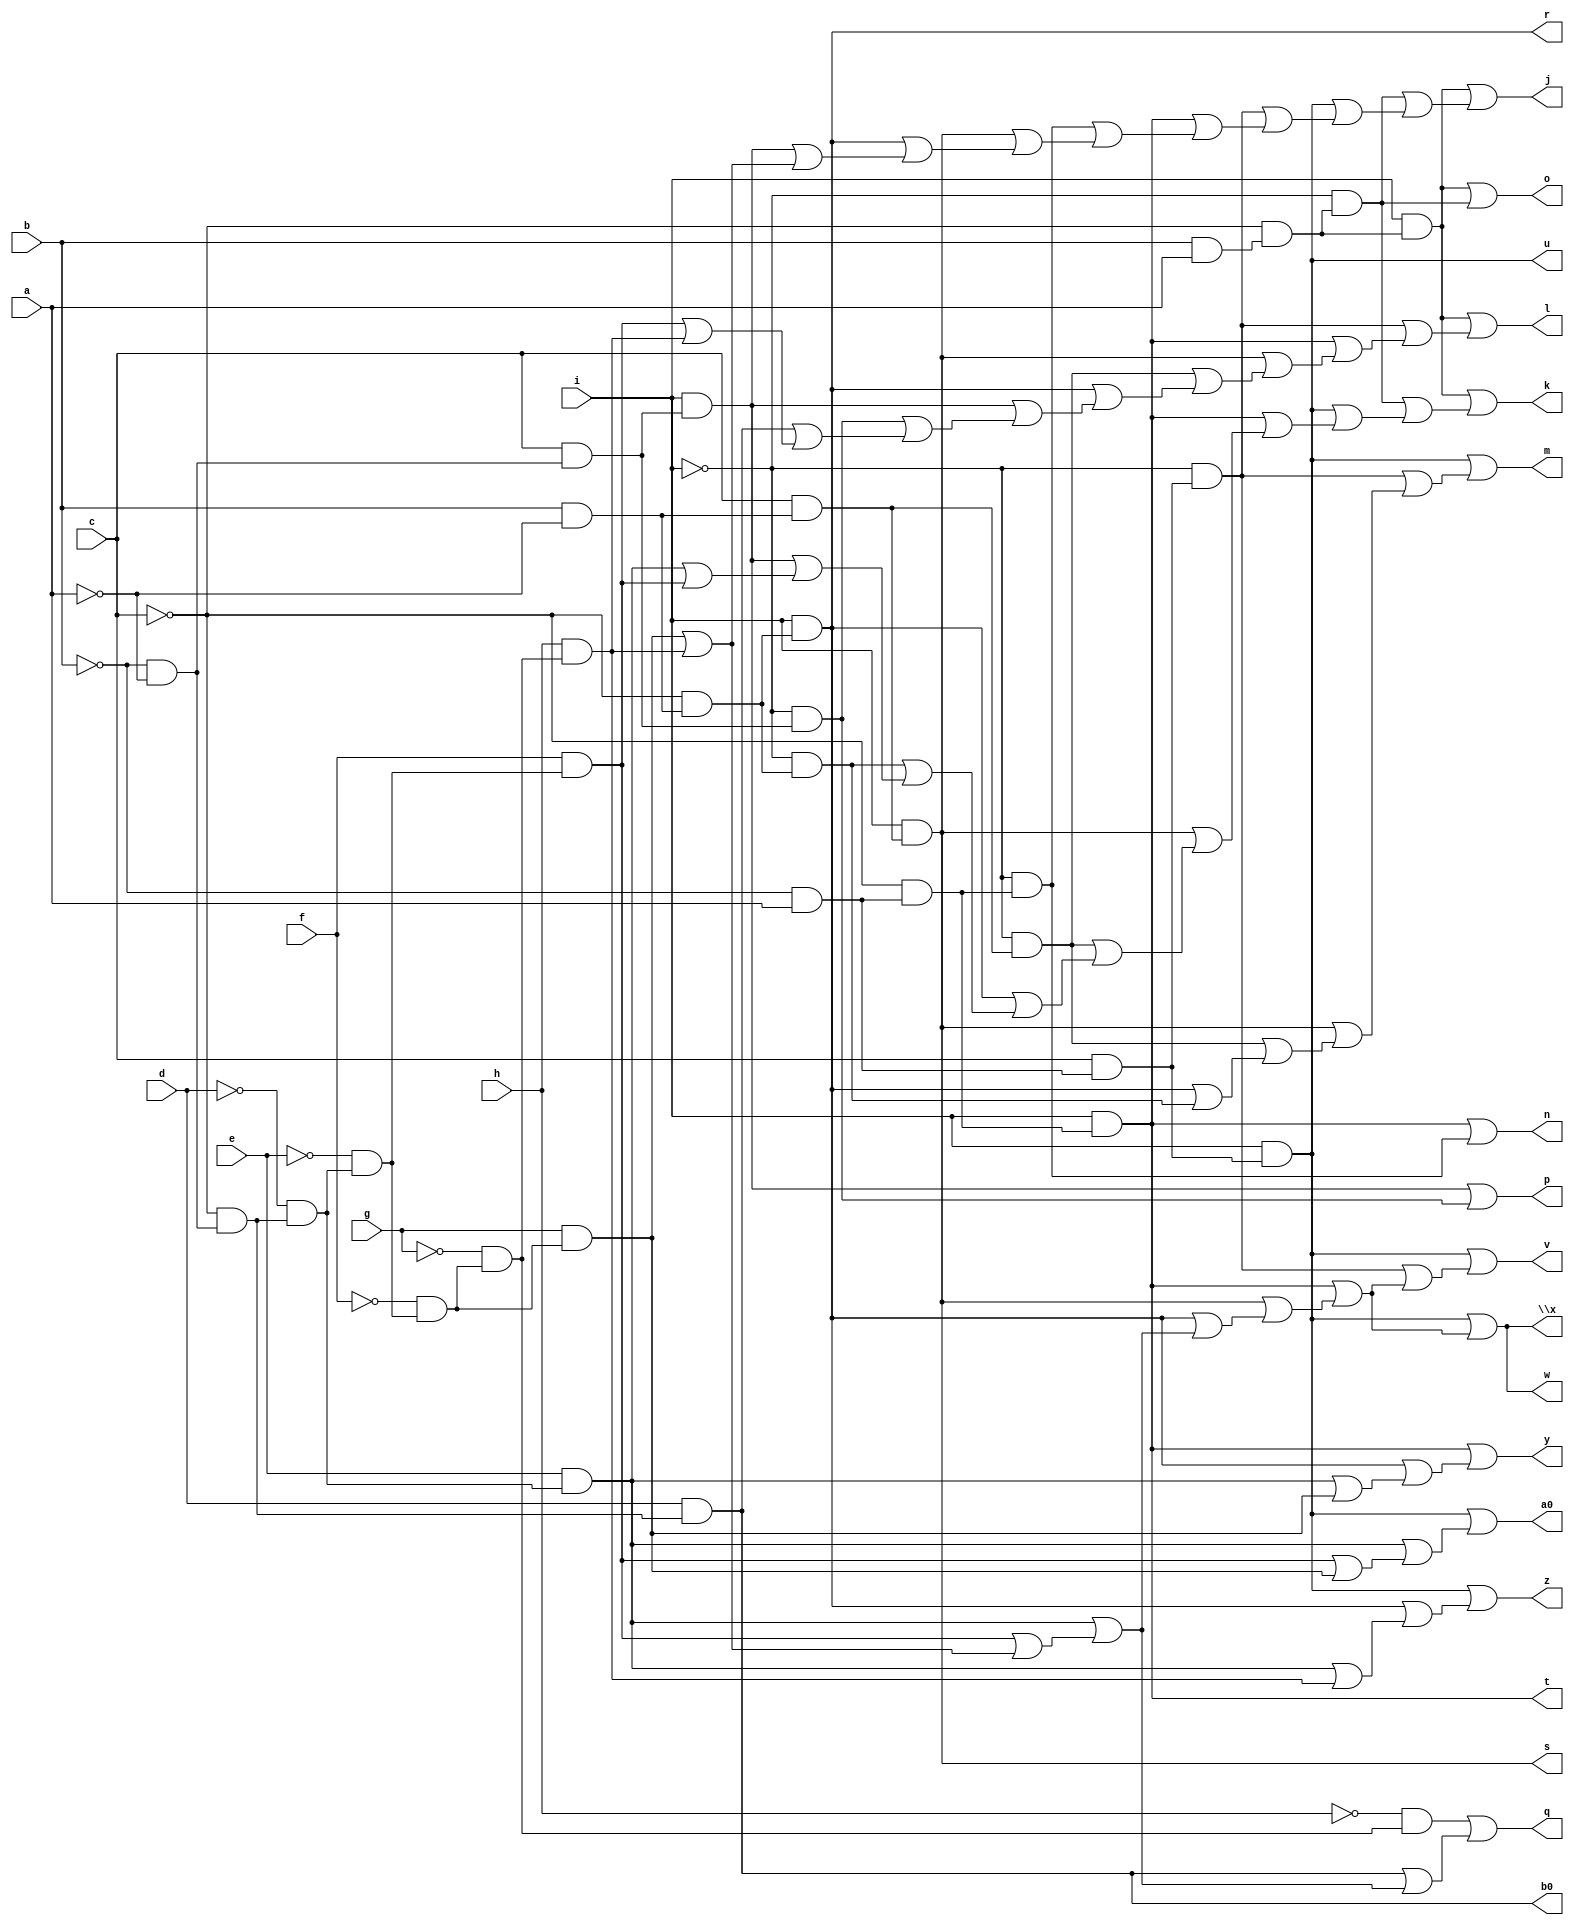
// IWLS benchmark module "ldd" printed on Wed May 29 16:09:11 2002
module ldd(a, b, c, d, e, f, g, h, i, j, k, l, m, n, o, p, q, r, s, t, u, v, w, \x , y, z, a0, b0);
input
  a,
  b,
  c,
  d,
  e,
  f,
  g,
  h,
  i;
output
  j,
  k,
  l,
  m,
  n,
  o,
  p,
  q,
  r,
  s,
  t,
  u,
  v,
  w,
  \x ,
  y,
  z,
  a0,
  b0;
wire
  \[13] ,
  \[14] ,
  \[15] ,
  \[16] ,
  o1,
  \[17] ,
  p1,
  \[18] ,
  q1,
  r1,
  s1,
  \[0] ,
  t1,
  \[1] ,
  u1,
  \[2] ,
  v1,
  \[3] ,
  w1,
  \[4] ,
  x1,
  \[5] ,
  y1,
  \[6] ,
  z1,
  \[7] ,
  \[8] ,
  \[10] ,
  \[9] ,
  \[11] ,
  \[12] ;
assign
  \[13]  = \[11]  | (\[10]  | (\[9]  | (\[8]  | (s1 | (r1 | (q1 | p1)))))),
  \[14]  = \[11]  | (\[10]  | (\[9]  | (\[8]  | (s1 | (r1 | (q1 | p1)))))),
  \[15]  = \[10]  | (\[8]  | (s1 | q1)),
  \[16]  = \[11]  | (\[8]  | (s1 | p1)),
  o1 = ~i & (~c & (~b & a)),
  \[17]  = \[11]  | (s1 | (r1 | q1)),
  p1 = h & (~g & (~f & (~e & (~d & (~c & (~b & ~a)))))),
  \[18]  = d & (~c & (~b & ~a)),
  q1 = g & (~f & (~e & (~d & (~c & (~b & ~a))))),
  j = \[0] ,
  k = \[1] ,
  l = \[2] ,
  m = \[3] ,
  n = \[4] ,
  o = \[5] ,
  p = \[6] ,
  q = \[7] ,
  r = \[8] ,
  s = \[9] ,
  r1 = f & (~e & (~d & (~c & (~b & ~a)))),
  t = \[10] ,
  u = \[11] ,
  v = \[12] ,
  w = \[13] ,
  \x  = \[14] ,
  y = \[15] ,
  z = \[16] ,
  s1 = e & (~d & (~c & (~b & ~a))),
  \[0]  = w1 | (v1 | (\[11]  | (z1 | (\[10]  | (o1 | (\[9]  | (\[8]  | (u1 | (q1 | p1))))))))),
  a0 = \[17] ,
  t1 = ~i & (c & (~b & ~a)),
  \[1]  = w1 | (v1 | (\[11]  | (\[10]  | (\[9]  | (y1 | (\[8]  | (x1 | (u1 | (s1 | r1))))))))),
  b0 = \[18] ,
  u1 = i & (c & (~b & ~a)),
  \[2]  = w1 | (z1 | (\[10]  | (\[9]  | (y1 | (\[8]  | (u1 | (t1 | (\[18]  | (r1 | p1))))))))),
  v1 = ~i & (~c & (b & a)),
  \[3]  = \[11]  | (z1 | (\[9]  | (y1 | (\[8]  | x1)))),
  w1 = i & (~c & (b & a)),
  \[4]  = \[10]  | o1,
  x1 = ~i & (~c & (b & ~a)),
  \[5]  = w1 | v1,
  y1 = ~i & (c & (b & ~a)),
  \[6]  = u1 | t1,
  z1 = ~i & (c & (~b & a)),
  \[7]  = (~h & (~g & (~f & (~e & (~d & (~c & (~b & ~a))))))) | (\[18]  | (s1 | (r1 | (q1 | p1)))),
  \[8]  = i & (~c & (b & ~a)),
  \[10]  = i & (~c & (~b & a)),
  \[9]  = i & (c & (b & ~a)),
  \[11]  = i & (c & (~b & a)),
  \[12]  = \[11]  | (z1 | (\[10]  | (\[9]  | (\[8]  | (s1 | (r1 | (q1 | p1)))))));
endmodule